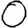
Digit: 0